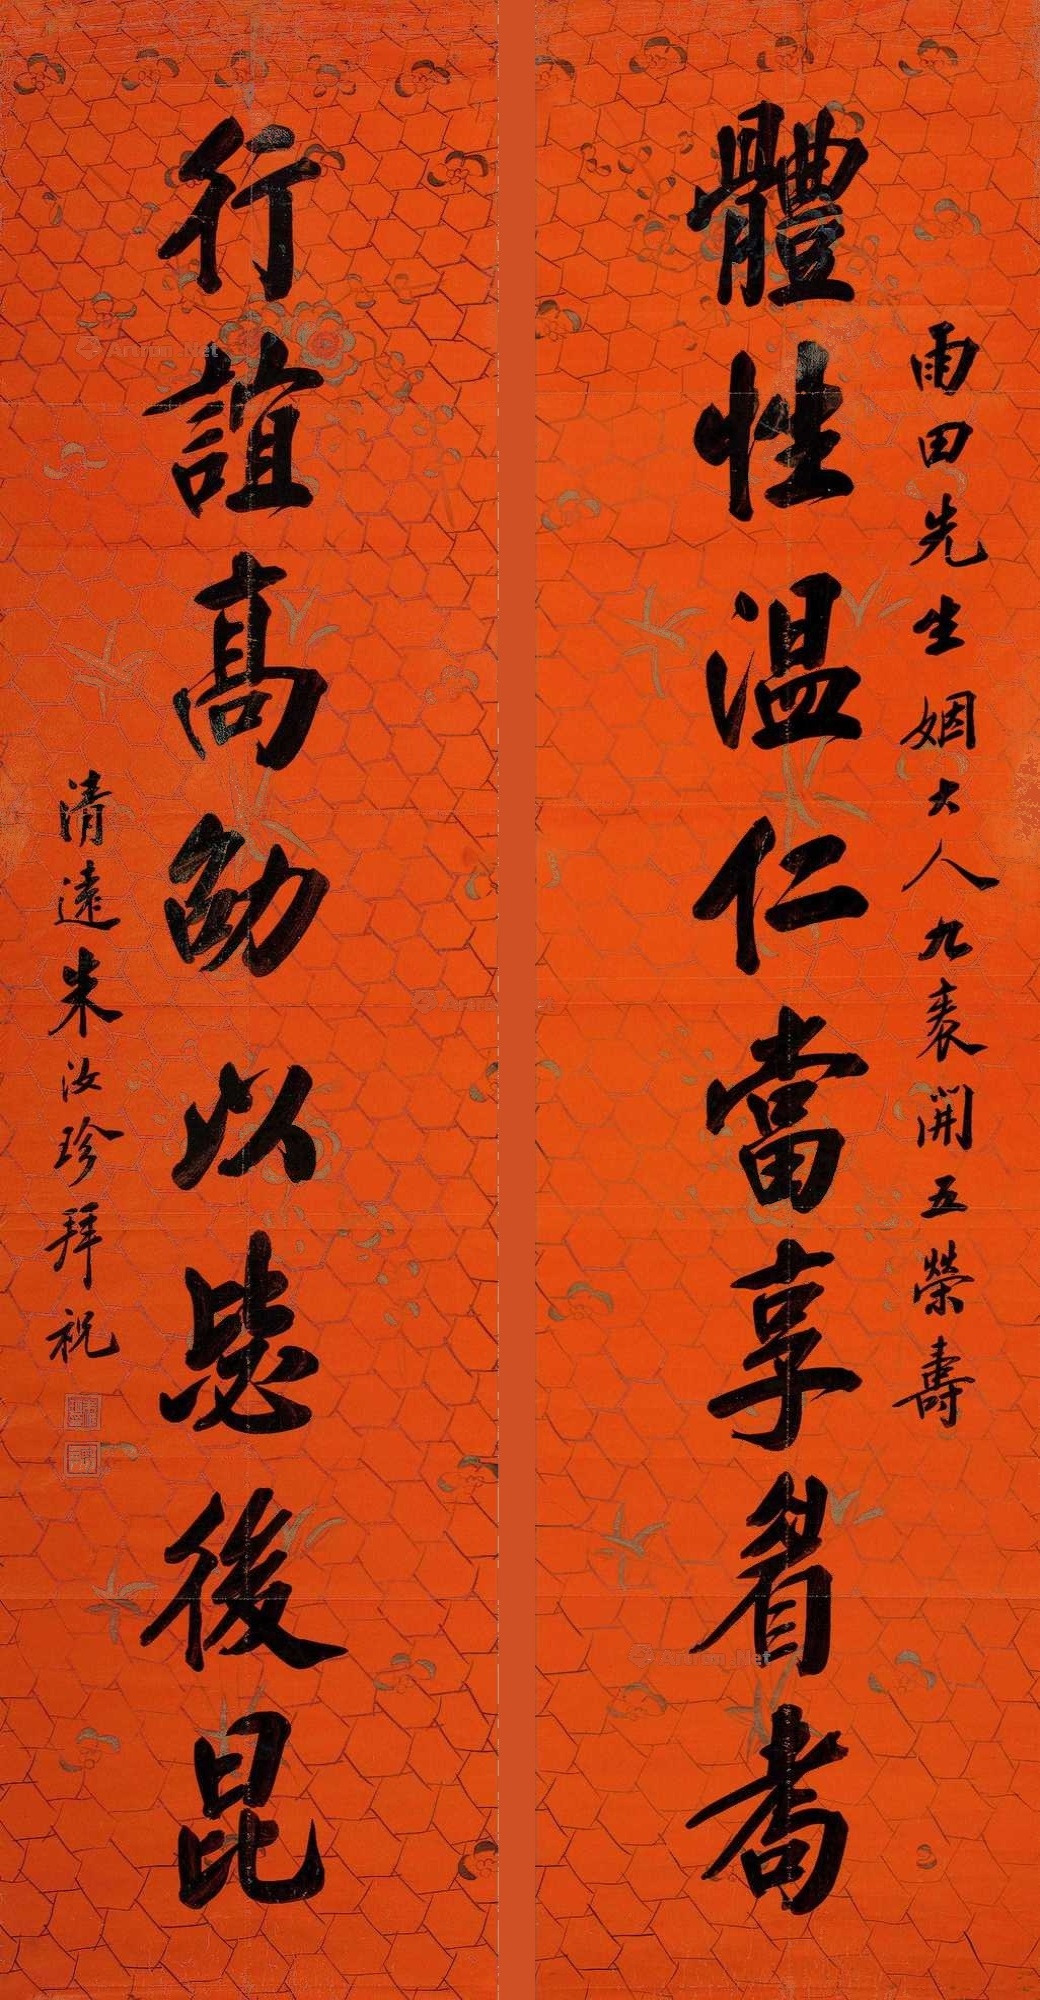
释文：体性温仁当享眉考，行谊高劭以毖后昆。雨田先生姻大人九秩开五荣寿，清远朱汝珍拜祝。